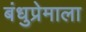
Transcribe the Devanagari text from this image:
बंधुप्रेमाला